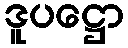
ဒူပဋ္ဌော